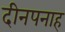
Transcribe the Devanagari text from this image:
दीनपनाह